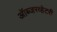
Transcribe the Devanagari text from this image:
ऑब्जरव्हेटरी